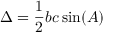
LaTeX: \Delta = { \frac { 1 } { 2 } } b c \sin ( A )